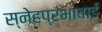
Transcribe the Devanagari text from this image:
स्नेहप्रभाबाई